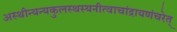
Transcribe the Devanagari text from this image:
अस्थीन्यन्यकुलस्थस्यनीत्वाचांद्रायणंचरेत्